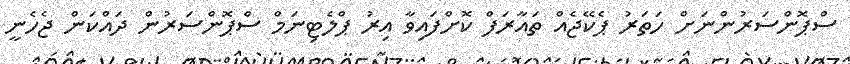
ސްޕޮންސަރުންނަށް ހަތަރު ޕެކޭޖެއް ތައާރަފް ކޮށްފައިވާ އިރު ޕްލެޓިނަމް ސްޕޮންސަރުން ދައްކަން ޖެހެނީ